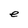
Character: e